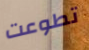
تطوعت